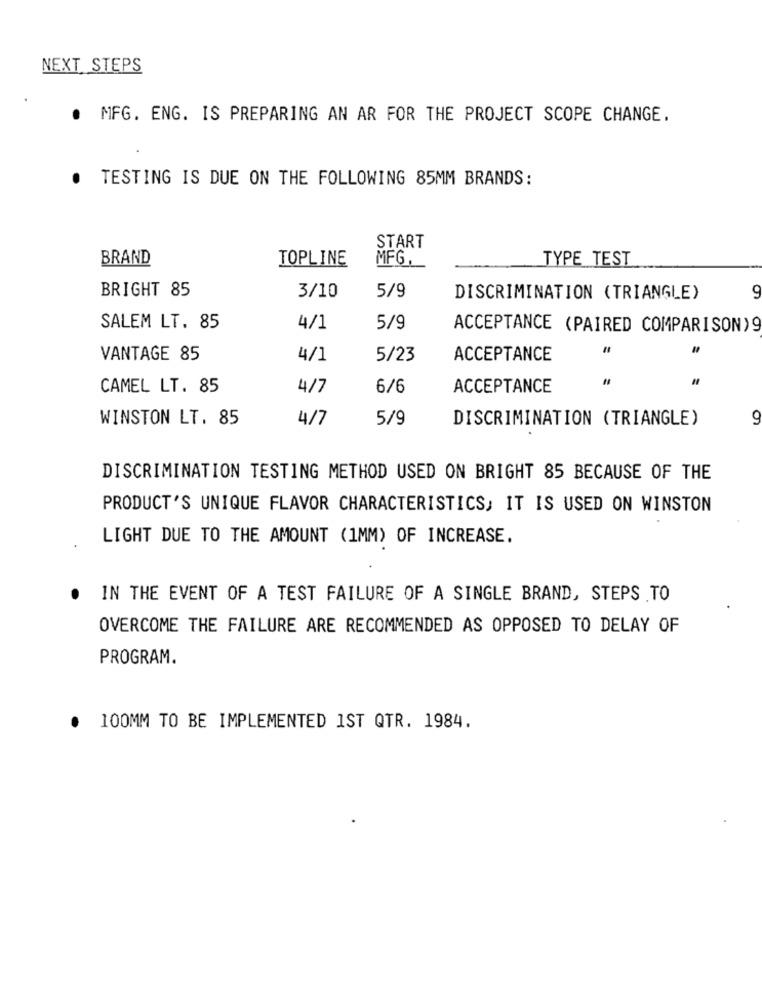
NEXT STEPS
.
MFG. ENG. IS PREPARING AN AR FOR THE PROJECT SCOPE CHANGE.
.
TESTING IS DUE ON THE FOLLOWING 85MM BRANDS:
START
BRAND
TOPLINE
MFG.
TYPE TEST
BRIGHT 85
9
3/10
5/9
DISCRIMINATION (TRIANGLE)
SALEM LT. 85
4/1
5/9
ACCEPTANCE (PAIRED COMPARISON)9
VANTAGE 85
4/1
5/23
ACCEPTANCE
CAMEL LT. 85
4/7
6/6
ACCEPTANCE
WINSTON LT. 85
4/7
5/9
DISCRIMINATION (TRIANGLE)
DISCRIMINATION TESTING METHOD USED ON BRIGHT 85 BECAUSE OF THE
PRODUCT'S UNIQUE FLAVOR CHARACTERISTICS, IT IS USED ON WINSTON
LIGHT DUE TO THE AMOUNT (1MM) OF INCREASE.
IN THE EVENT OF A TEST FAILURE OF A SINGLE BRAND, STEPS TO
OVERCOME THE FAILURE ARE RECOMMENDED AS OPPOSED TO DELAY OF
PROGRAM.
100MM TO BE IMPLEMENTED IST QTR. 1984.